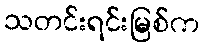
သတင်းရင်းမြစ်က